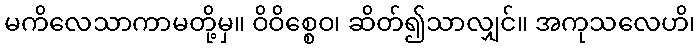
မကိလေသာကာမတို့မှ။ ဝိဝိစ္စေဝ၊ ဆိတ်၍သာလျှင်။ အကုသလေဟိ၊